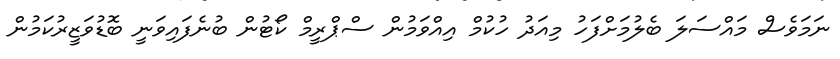
ނަމަވެސް މައްސަލަ ބެލުމަށްފަހު މިއަދު ހުކުމް އިއްވަމުން ސްޕްރީމް ކޯޓުން ބުނެފައިވަނީ ބޮޑުވަޒީރުކަމުން